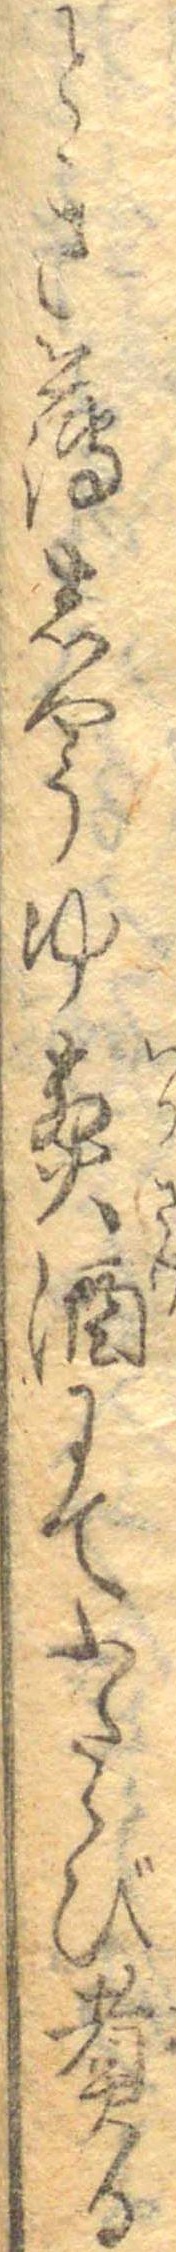
とき薄しやうゆ煎酒にてふたゝび煮る